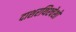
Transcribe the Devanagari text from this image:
दाशरथिश्‍चेशो